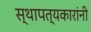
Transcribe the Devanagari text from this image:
स्थापत्यकारांनी